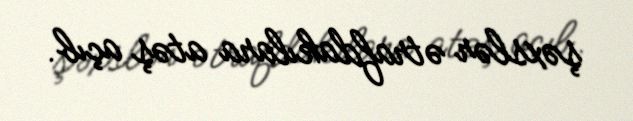
şəxslər ətrafdakılara atəş açıb.